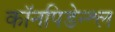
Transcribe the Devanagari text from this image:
कॉनपिडेन्श्ल